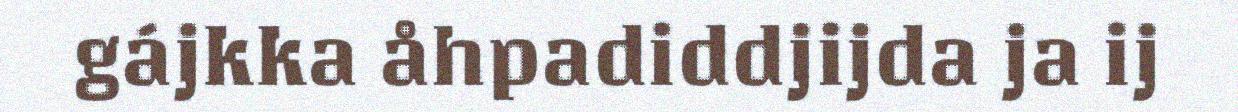
gájkka åhpadiddjijda ja ij